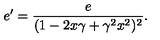
e ^ { \prime } = \frac { e } { ( 1 - 2 x \gamma + \gamma ^ { 2 } x ^ { 2 } ) ^ { 2 } } .